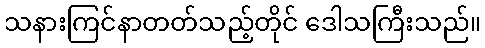
သနားကြင်နာတတ်သည့်တိုင် ဒေါသကြီးသည်။